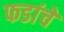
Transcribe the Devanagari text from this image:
फडांचे